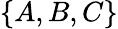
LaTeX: \{ A,B,C\}